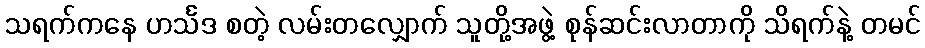
သရက်ကနေ ဟင်္သဒ စတဲ့ လမ်းတလျှောက် သူတို့အဖွဲ့ စုန်ဆင်းလာတာကို သိရက်နဲ့ တမင်